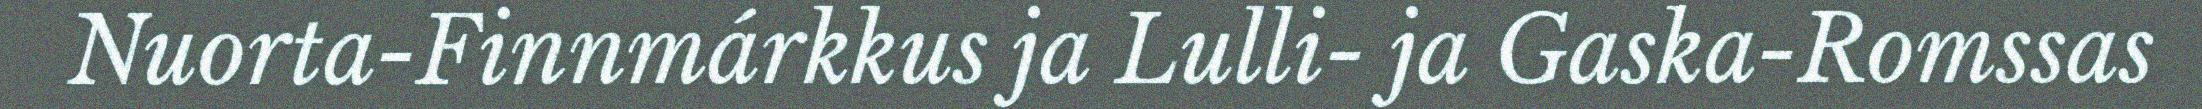
Nuorta-Finnmárkkus ja Lulli- ja Gaska-Romssas